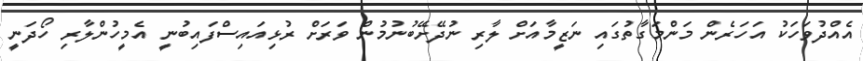
އެއްދުވަހަކު އަހަރެން މަންމަގާތުގައި ނަޒީމާއަށް ލާރި ނުދޭށޭބުނުމުން ވަރަށް ރުޅިއައިސްފައިބުނީ އެމީހުންލާރި ހޯދަނީ